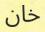
خان